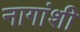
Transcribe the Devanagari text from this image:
नागांशी